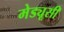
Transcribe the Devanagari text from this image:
मेड्यूसी